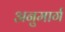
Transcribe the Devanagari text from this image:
अनुमार्ग